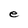
Character: e